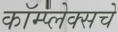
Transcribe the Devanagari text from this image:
कॉम्प्लेक्सचे